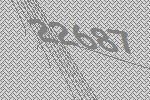
22687